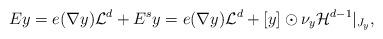
LaTeX: \begin{align*} Ey = e(\nabla y) {\cal L}^d + E^s y = e(\nabla y) {\cal L}^d + [y] \odot \nu_y {\cal H}^{d-1}|_{J_y}, \end{align*}